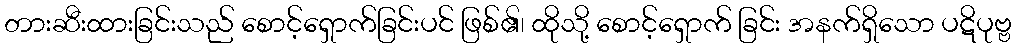
တားဆီးထားခြင်းသည် စောင့်ရှောက်ခြင်းပင် ဖြစ်၏၊ ထိုသို့ စောင့်ရှောက် ခြင်း အနက်ရှိသော ပဋိပုဗ္ဗ